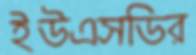
ইউএসডির